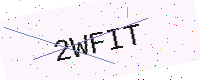
Text: 2WFIT